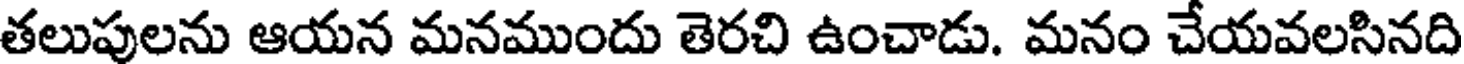
తలుపులను ఆయన మనముందు తెరచి ఉంచాడు. మనం చేయవలసినది